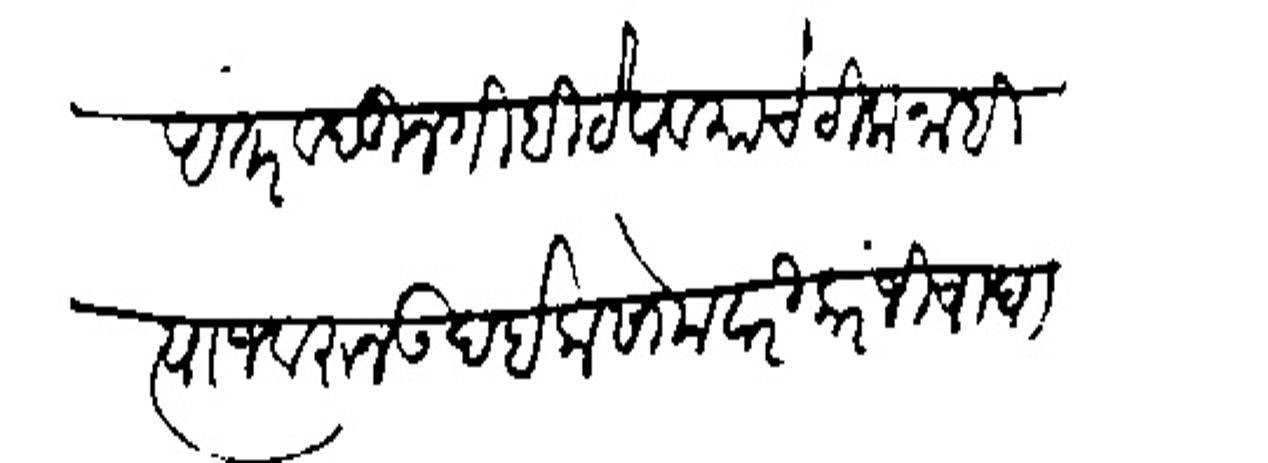
Transliteration (Devanagari): अंतर व बुनगीही ठेवावयाचे ठीक नाहों त्याजवरन उबरईक सोमवारी करंजीचा घाट